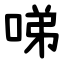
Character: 㖒